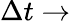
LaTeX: \Delta t\rightarrow